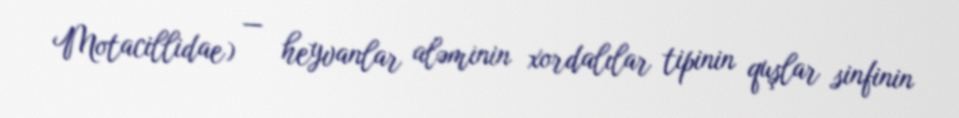
Motacillidae) — heyvanlar aləminin xordalılar tipinin quşlar sinfinin